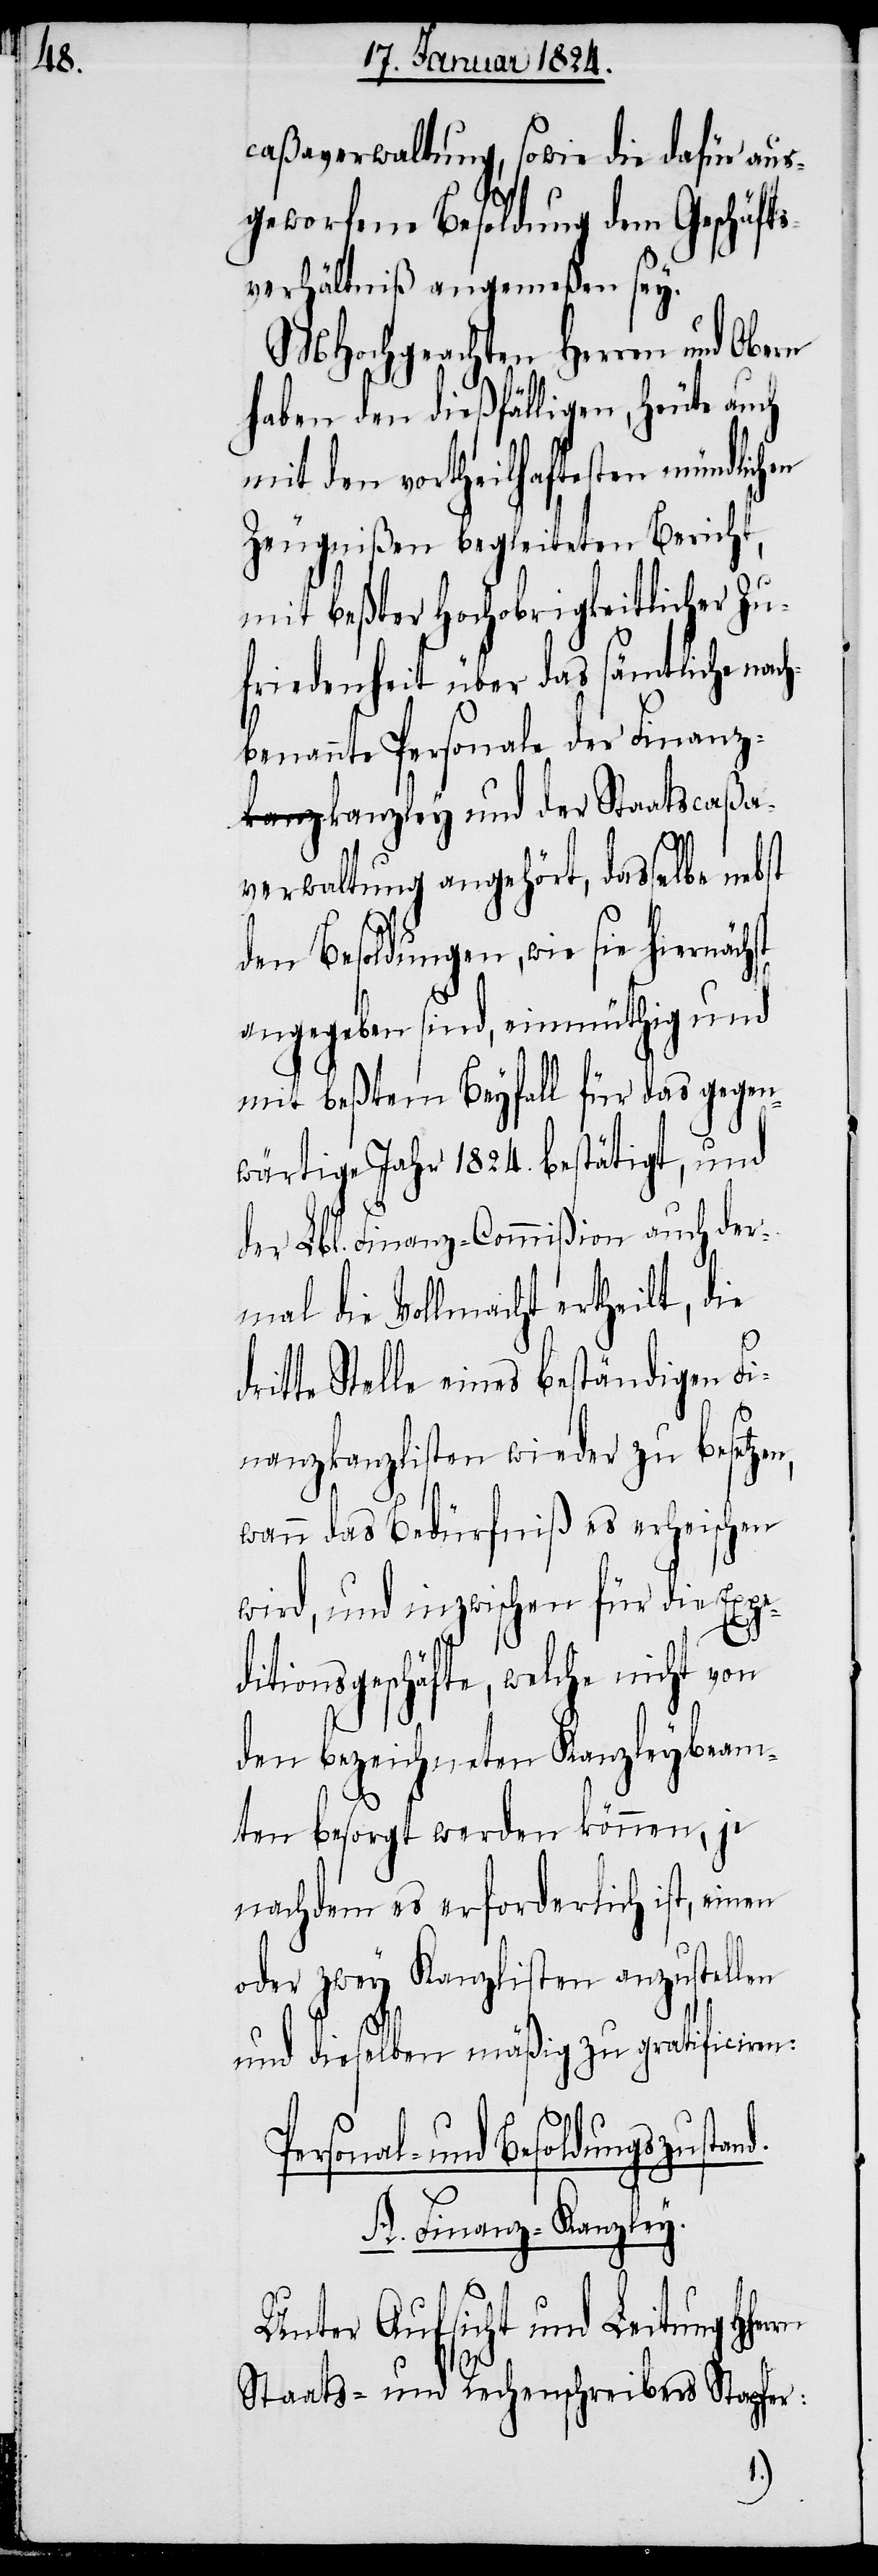
caßaverwaltung, sowie die dafür aus¬
geworfene Besoldung dem Geschäfts¬
verhältniß angemeßen sey.
MHochgeachten Herren und Obern
haben den dießfälligen, heute
mit den vortheilhaftesten mündlichen
Zeugnißen begleiteten Bericht,
mit beßter Hochobrigkeitlicher Zu¬
friedenheit über das sämtliche nac¬
hbenannte Personale der Fin¬
anzkanzley und der Staatscaßa¬
verwaltung angehört, dasselbe nebst
den Besoldungen, wie sie hiernäch¬
angegeben sind, einmüthig und
mit beßtem Beyfall für das gegen¬
wärtige Jahr 1824. bestätigt, und
der Lbl. Finanz-Commißion auch der¬
mal die Vollmacht ertheilt, die
nd.
dritte Stelle eines beständigen Fi¬
nanzkanzlisten wieder zu besetzen,
wann das Bedürfniß es erheischen
wird, und inzwischen für die Expe¬
ditionsgeschäfte, welche nicht von
den bezeichneten Kanzleybeam¬
ten besorgt werden können, je
nachdem es erforderlich ist, einen
oder zwey Kanzlisten anzustellen
und dieselben mäßig zu gratificiren:
sonal- und Besoldungszusta¬
ley.
A. Finanz-Kanz¬
Per¬
Unter Aufsicht und Leitung
Staats- und Rechenschreibers Stapfer: